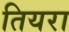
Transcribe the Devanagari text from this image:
तियरा